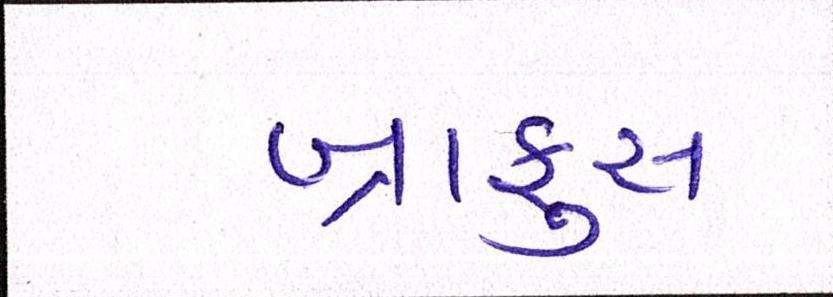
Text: બ્રાફુસ